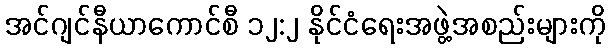
အင်ဂျင်နီယာကောင်စီ ၁၂:၂ နိုင်ငံရေးအဖွဲ့အစည်းများကို